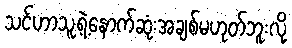
သင်ဟာသူ့ရဲ့နောက်ဆုံးအချစ်မဟုတ်ဘူးလို့